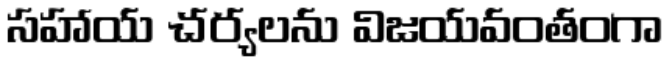
సహాయ చర్యలను విజయవంతంగా